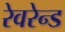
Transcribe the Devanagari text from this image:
रेवरेन्ड